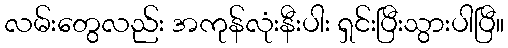
လမ်းတွေလည်း အကုန်လုံးနီးပါး ရှင်းပြီးသွားပါပြီ။